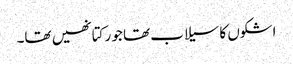
اشکوں کا سیلاب تھا جو رکتا نھیں تھا۔